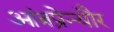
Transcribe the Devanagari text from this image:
आंत्रप्रेन्यौर